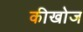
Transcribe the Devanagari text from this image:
कीखोज